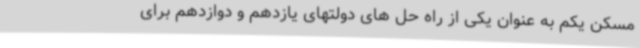
مسکن یکم به عنوان یکی از راه حل های دولتهای یازدهم و دوازدهم برای